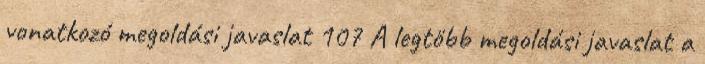
vonatkozó megoldási javaslat 107 A legtöbb megoldási javaslat a